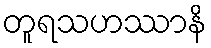
တူရသဟဿာနိ